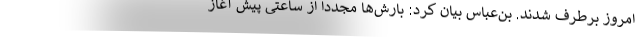
امروز برطرف شدند. بن‌عباس بیان کرد: بارش‌ها مجددا از ساعتی پیش آغاز